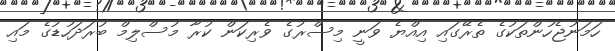
ހަމަނުޖެހުންތަކުގެ ތެރޭގައި އިއްޔެ ވަނީ މިސްރުގެ ވެރިކަން ކުރާ މުސްލިމް ބުރަދަހުޑުގެ މައި